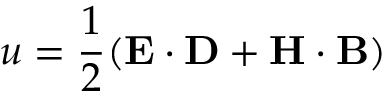
u = { \frac { 1 } { 2 } } ( \mathbf { E } \cdot \mathbf { D } + \mathbf { H } \cdot \mathbf { B } )